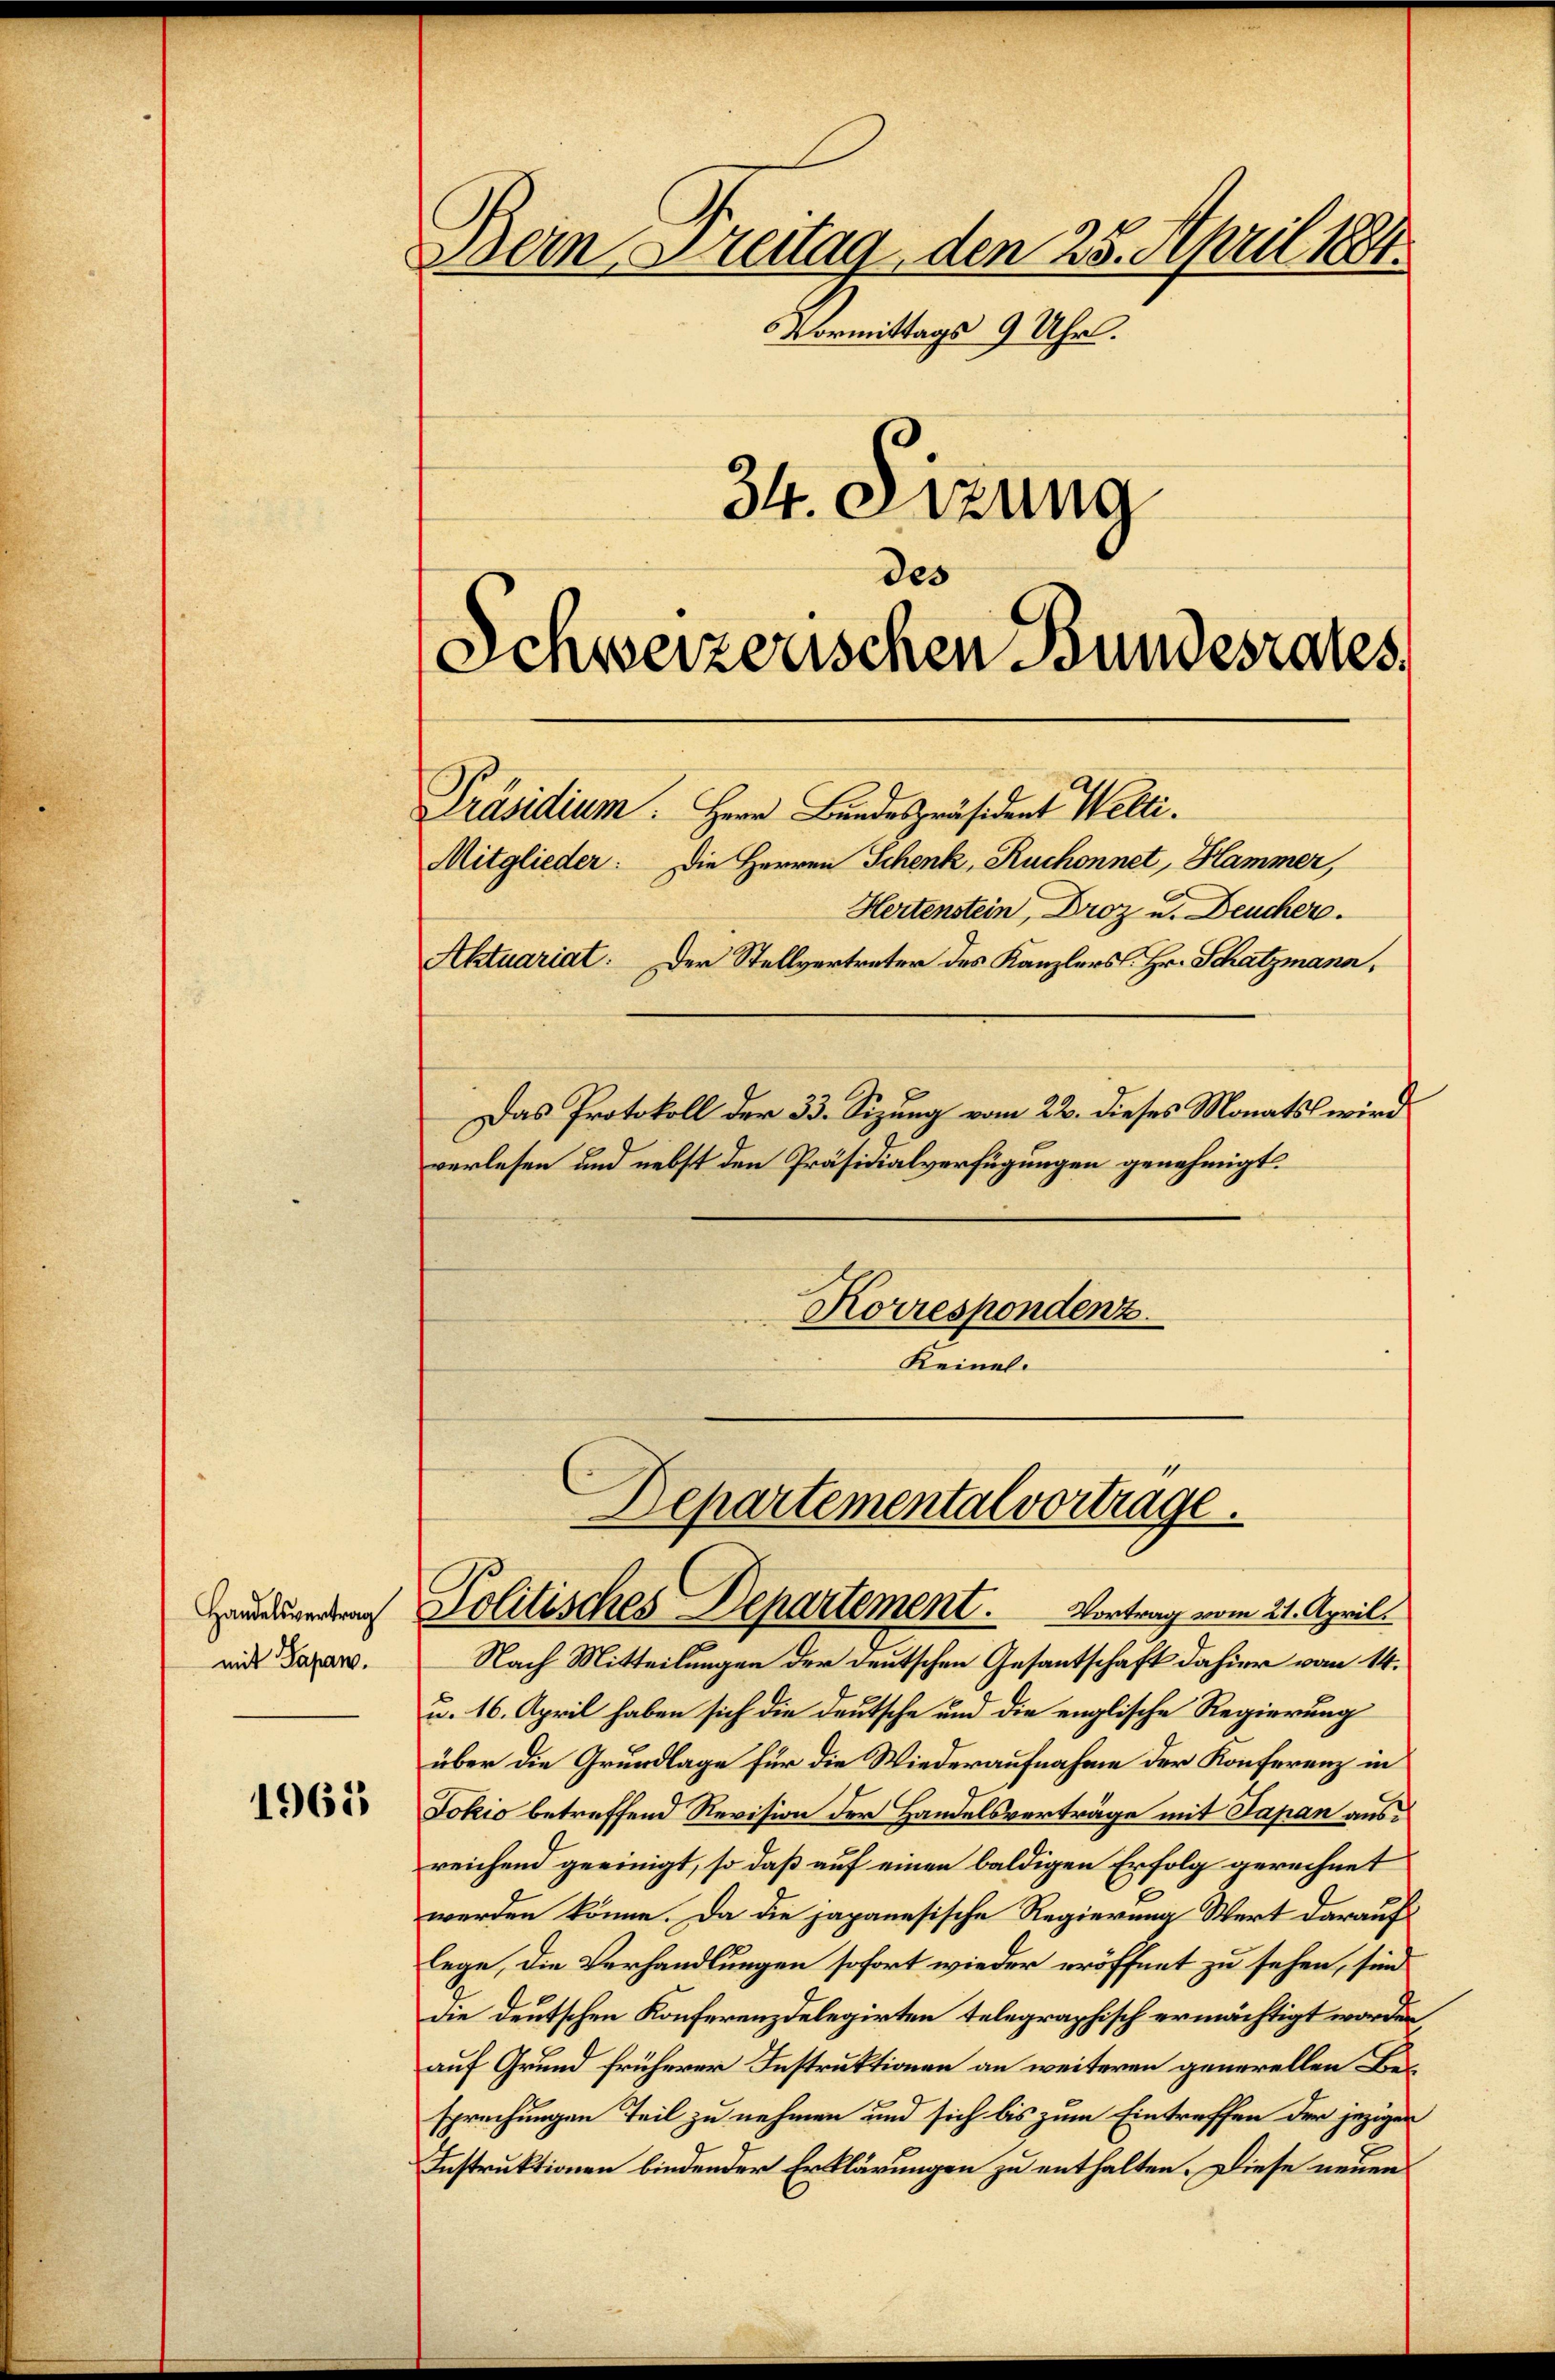
Handelsvertrag
mit Papan.

1965

Dein Breitag, den 28. April 1881.
Vormittags 9 Uhr.
34. Sizung
des
denweizerischen Bundesrates.

Mitglieder. Die Herren Schenk, Ruchonnet, Hammer,
Hertenstein, Droz u. Deucher.
Aktuariat. Der Stellvertreter des Kanzlers. Hr. Schatzmann,
Das Protokoll der 33. Sizung vom 22. dieses Monats wird
verlesen und nebst den Präsidialverfügungen genehmigt.
Korrespondenz.
Keines.

Präsidium. Herr Bandespräsident Welti.

Nach Mitteilungen der deutschen Gesantschaft dahier vom 14.
u. 16. April haben sich die deutsche und die englische Regierung
über die Grundlage für die Wiederaufnahme der Konferenz in
Jokio betreffend Revision der Handelsverträge mit Papan ausreichend geeinigt, so daß auf einen baldigen Erfolg gerechnet
werden könne. Da die japanesische Regierung Wert darauf
lege, die Verhandlungen sofort wieder eröffnet zu sehen, sind
die deutschen Konferenz delegirten telegraphisch ermächtigt worden,
auf Grund früherer Instruktionen an weiteren generellen Besprechungen Teil zu nehmen und sich bis zum Eintreffen der jezigen
Instruktionen bindender Erklärungen zu enthalten. Diese neuen

Departemental vortrage.
Politisches Departement. Vortrag vom 21. April.